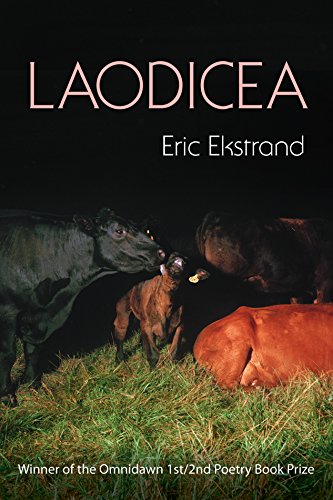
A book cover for Laodicea; Eric Ekstrand; Gay & Lesbian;